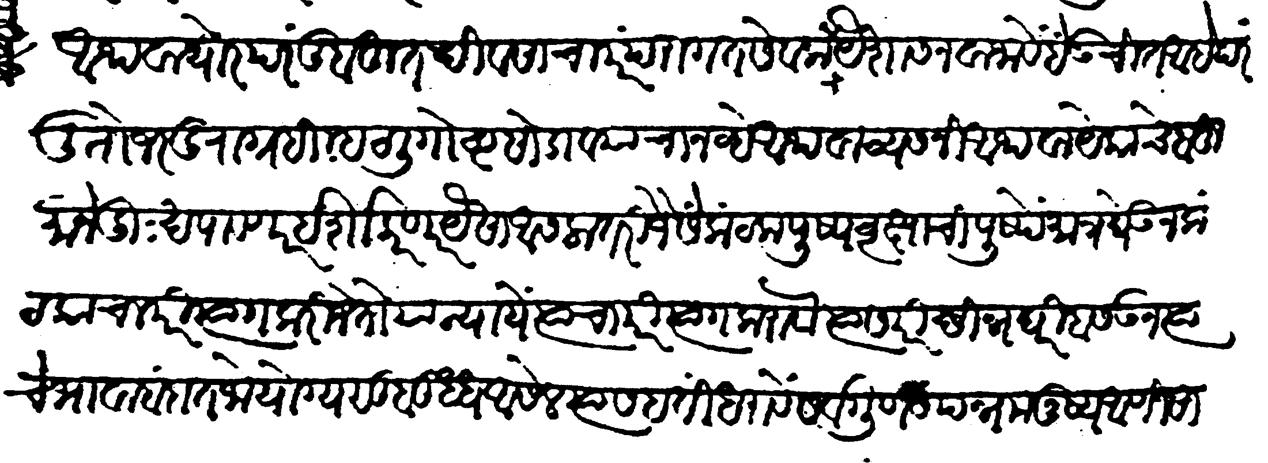
Transliteration (Devanagari): अथवा थोर परंतु बहुत दिवसांचा परंपरागत सेवक ज्याचे वडिलींहि सेवा बहुत केल्या आहेत यैशास नवाजावें हे उचित आहे परंतू तो जर दुराग्रही म्हटली गोष्ट सोडावयाचा नव्हे आथवा व्यसनी आथवा येकाचे बहुमानें दुःख पावणार ईर्शा करणार पैसा असला तरी जैसे कंटकपुष्पवृक्षाचीं पुष्ये मात्र येऊन कंटकांचा परित्याग करिजेतो या न्यायें त्याचा परित्याग करावा त्यास परिष्ठीन घरीं बसऊन त्याचे भावाबंदांत जो योग्य सुबुद्ध आसेल त्यास हतीं धरावें सर्वगुणसंपन्न मनुष्य आणि साधारण